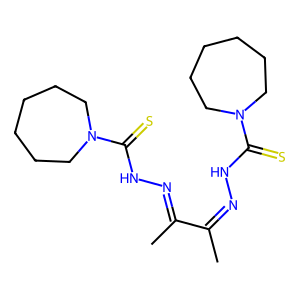
SMILES: CC(=NNC(=S)N1CCCCCC1)C(C)=NNC(=S)N1CCCCCC1
Inhibits HIV replication: No